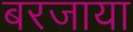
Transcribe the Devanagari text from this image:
बरजाया